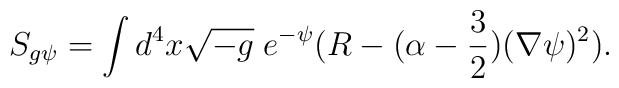
S_{g\psi}=\int d^4 x\sqrt{-g}\; e^{-\psi}(R-(\alpha-\frac{3}{2})(\nabla\psi)^2).